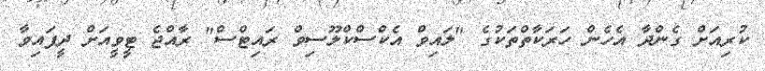
ކުރިއަށް ގެންދާ އެހެން ހަރަކާތްތަކުގެ "ލައިވް އެކްސްކްލޫސިވް ރައިޓްސް" ރާއްޖެ ޓީވީއަށް ދީފައިވާ